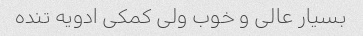
بسیار عالی و خوب ولی کمکی ادویه تنده